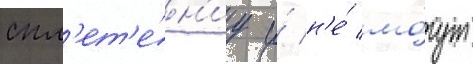
спл'ет'е́н'иу и́ н'е́ мо́гут